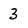
Character: 3